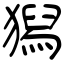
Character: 獡